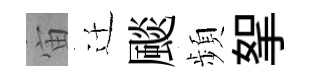
宙迁颷頻挐